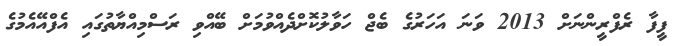
ފީފާ ރެފްރީންނަށް 2013 ވަނަ އަހަރުގެ ބެޖް ހަވާލުކޮށްދެއްވުމަށް ބޭއްވި ރަސްމިއްޔާތުގައި އެފްއޭއެމުގެ